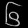
Digit: ၆